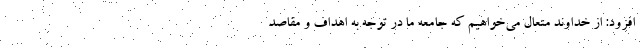
افزود: از خداوند متعال می‌خواهیم که جامعه ما در توجه به اهداف و مقاصد